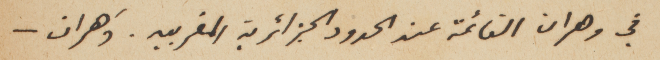
في وهران القائمة عند الحدود الجزائرية المغربيه. وَهران –